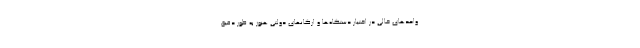
واحدهای خالی در اختیار دستگاه‌ها و ارگانهای دولتی هنوز به طور دقیق